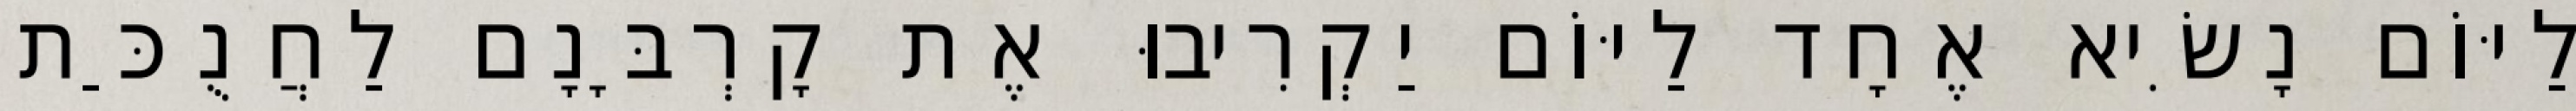
לַיּוֹם נָשִׂיא אֶחָד לַיּוֹם יַקְרִיבוּ אֶת קָרְבָּנָם לַחֲנֻכַּת